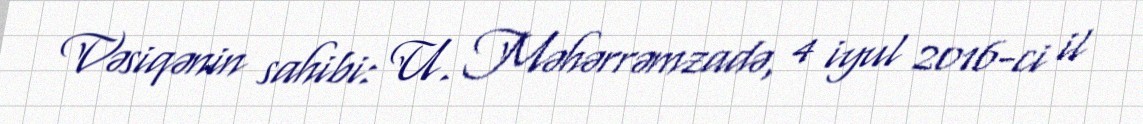
Vəsiqənin sahibi: U. Məhərrəmzadə, 4 iyul 2016-ci il